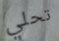
تحلي